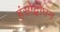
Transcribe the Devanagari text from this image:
हंसोद्बोधन